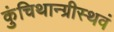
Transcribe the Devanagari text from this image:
कुंचिथान्ग्रीस्थवं